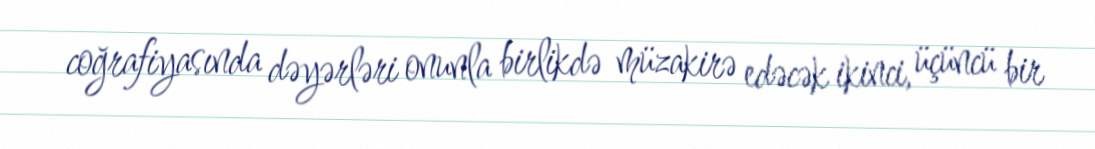
coğrafiyasında dəyərləri onunla birlikdə müzakirə edəcək ikinci, üçüncü bir